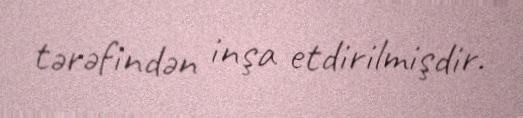
tərəfindən inşa etdirilmişdir.